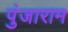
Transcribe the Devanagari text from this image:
पुंजाराम